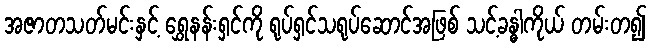
အဇာတသတ်မင်းနှင့် ရွှေနန်းရှင်ကို ရုပ်ရှင်သရုပ်ဆောင်အဖြစ် သင့်ခန္ဓါကိုယ် တမ်းတ၍